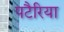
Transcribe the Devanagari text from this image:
पटैरिया